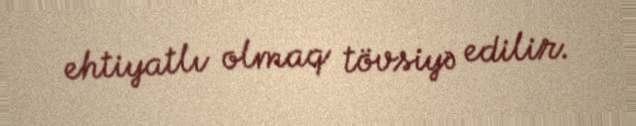
ehtiyatlı olmaq tövsiyə edilir.